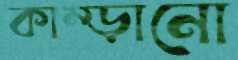
কাম্‌ড়ানো